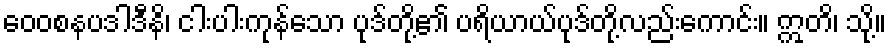
ဝေဝစနပဒါဒီနိ၊ ငါးပါးကုန်သော ပုဒ်တို့၏ ပရိယာယ်ပုဒ်တို့လည်းကောင်း။ ဣတိ၊ သို့။